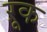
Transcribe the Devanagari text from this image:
ऱूक